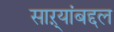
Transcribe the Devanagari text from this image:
साऱ्यांबद्दल